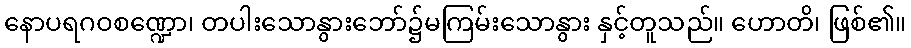
နောပရဂဝစဏ္ဍော၊ တပါးသောနွားဘော်၌မကြမ်းသောနွား နှင့်တူသည်။ ဟောတိ၊ ဖြစ်၏။